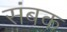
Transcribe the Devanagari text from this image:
संबक